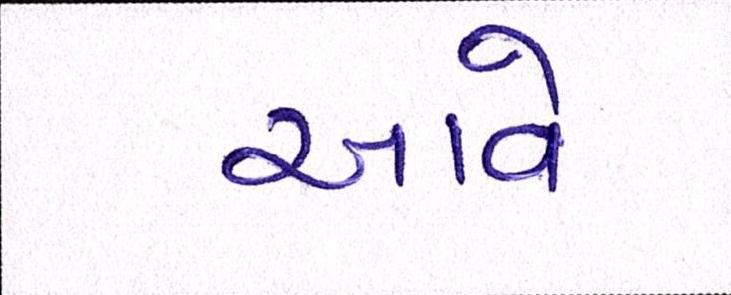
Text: આવે